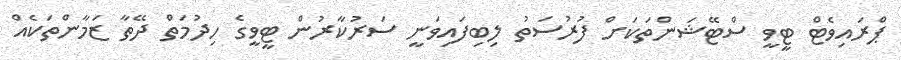
ޕްރައިވެޓް ޓީވީ ސްޓޭޝަންތަކަށް ފުރުސަތު ލިބިފައިވަނީ ސަރުކާރުން ޓީވީގެ ހިދުމަތް ދޭތާ ޒަމާންތަކެއް